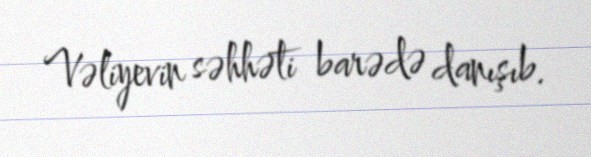
Vəliyevin səhhəti barədə danışıb.